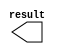
// megafunction wizard: %LPM_CONSTANT%VBB%
// GENERATION: STANDARD
// VERSION: WM1.0
// MODULE: LPM_CONSTANT 

// ============================================================
// Megafunction Name(s):
// 			LPM_CONSTANT
//
// Simulation Library Files(s):
// 			lpm
// ============================================================
// ************************************************************
// THIS IS A WIZARD-GENERATED FILE. DO NOT EDIT THIS FILE!
//
// 20.1.0 Build 711 06/05/2020 SJ Lite Edition
// ************************************************************

//Copyright (C) 2020  Intel Corporation. All rights reserved.
//Your use of Intel Corporation's design tools, logic functions 
//and other software and tools, and any partner logic 
//functions, and any output files from any of the foregoing 
//(including device programming or simulation files), and any 
//associated documentation or information are expressly subject 
//to the terms and conditions of the Intel Program License 
//Subscription Agreement, the Intel Quartus Prime License Agreement,
//the Intel FPGA IP License Agreement, or other applicable license
//agreement, including, without limitation, that your use is for
//the sole purpose of programming logic devices manufactured by
//Intel and sold by Intel or its authorized distributors.  Please
//refer to the applicable agreement for further details, at
//https://fpgasoftware.intel.com/eula.

module const1_16 (
	result);

	output	[15:0]  result;

endmodule

// ============================================================
// CNX file retrieval info
// ============================================================
// Retrieval info: PRIVATE: INTENDED_DEVICE_FAMILY STRING "Cyclone IV E"
// Retrieval info: PRIVATE: JTAG_ENABLED NUMERIC "0"
// Retrieval info: PRIVATE: JTAG_ID STRING "NONE"
// Retrieval info: PRIVATE: Radix NUMERIC "2"
// Retrieval info: PRIVATE: SYNTH_WRAPPER_GEN_POSTFIX STRING "1"
// Retrieval info: PRIVATE: Value NUMERIC "65535"
// Retrieval info: PRIVATE: nBit NUMERIC "16"
// Retrieval info: PRIVATE: new_diagram STRING "1"
// Retrieval info: LIBRARY: lpm lpm.lpm_components.all
// Retrieval info: CONSTANT: LPM_CVALUE NUMERIC "65535"
// Retrieval info: CONSTANT: LPM_HINT STRING "ENABLE_RUNTIME_MOD=NO"
// Retrieval info: CONSTANT: LPM_TYPE STRING "LPM_CONSTANT"
// Retrieval info: CONSTANT: LPM_WIDTH NUMERIC "16"
// Retrieval info: USED_PORT: result 0 0 16 0 OUTPUT NODEFVAL "result[15..0]"
// Retrieval info: CONNECT: result 0 0 16 0 @result 0 0 16 0
// Retrieval info: GEN_FILE: TYPE_NORMAL const1_16.v TRUE
// Retrieval info: GEN_FILE: TYPE_NORMAL const1_16.inc FALSE
// Retrieval info: GEN_FILE: TYPE_NORMAL const1_16.cmp FALSE
// Retrieval info: GEN_FILE: TYPE_NORMAL const1_16.bsf TRUE
// Retrieval info: GEN_FILE: TYPE_NORMAL const1_16_inst.v FALSE
// Retrieval info: GEN_FILE: TYPE_NORMAL const1_16_bb.v TRUE
// Retrieval info: GEN_FILE: TYPE_NORMAL const1_16_syn.v TRUE
// Retrieval info: LIB_FILE: lpm